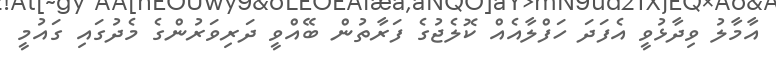
އާމާލު ވިދާޅުވީ އެފަދަ ހަފްލާއެއް ކޮލެޖުގެ ފަރާތުން ބޭއްވީ ދަރިވަރުންގެ މެދުގައި ގައުމީ